Sanitation, dispensaries and jails vaccination Rajputana 1922-1927 - 1922-1927
Year: 1922
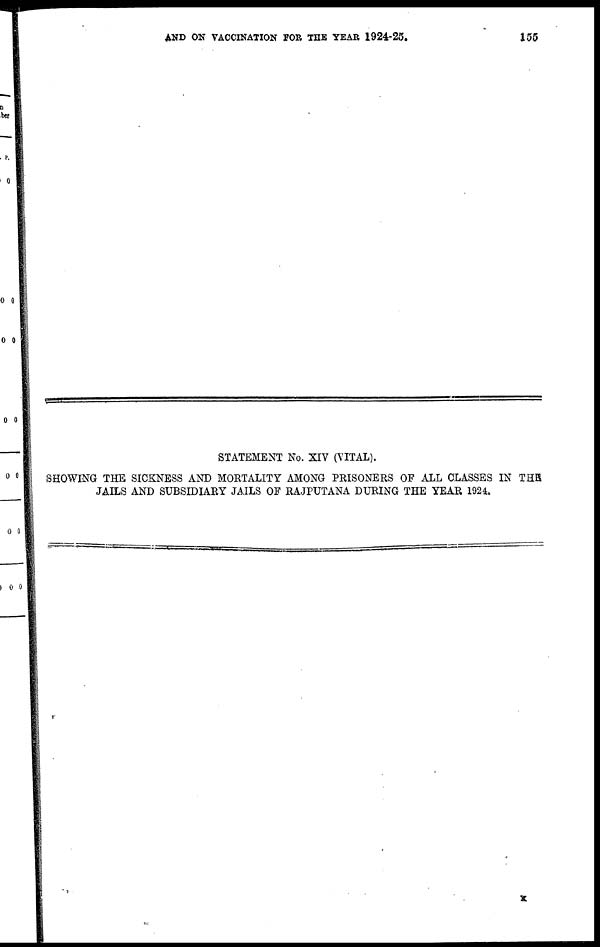
AND ON VACCINATION FOR THE YEAR 1924-25.
155
STATEMENT No. XIV (VITAL).
SHOWING THE SICKNESS AND MORTALITY AMONG PRISONERS OF ALL CLASSES IN THE
JAILS AND SUBSIDIARY JAILS OF RAJPUTANA DURING THE YEAR 1924.
X